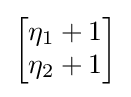
{\begin{bmatrix}\eta _{1}+1\\\eta _{2}+1\end{bmatrix}}